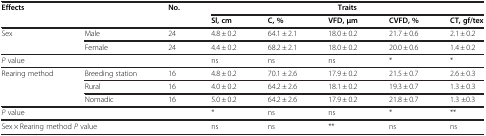
<table><thead><tr><td colspan="2"><b>Effects</b></td><td><b>No.</b></td><td colspan="5"><b>Traits</b></td></tr><tr><td><b> </b></td><td><b> </b></td><td><b> </b></td><td><b>Sl, cm</b></td><td><b>C, %</b></td><td><b>VFD, μm</b></td><td><b>CVFD, %</b></td><td><b>CT, gf/tex</b></td></tr></thead><tbody><tr><td rowspan="2">Sex</td><td>Male</td><td>24</td><td>4.8 ± 0.2</td><td>64.1 ± 2.1</td><td>18.0 ± 0.2</td><td>21.7 ± 0.6</td><td>2.1 ± 0.2</td></tr><tr><td>Female</td><td>24</td><td>4.4 ± 0.2</td><td>68.2 ± 2.1</td><td>18.0 ± 0.2</td><td>20.0 ± 0.6</td><td>1.4 ± 0.2</td></tr><tr><td colspan="2"><i>P</i> value</td><td> </td><td>ns</td><td>ns</td><td>ns</td><td>*</td><td>*</td></tr><tr><td rowspan="3">Rearing method</td><td>Breeding station</td><td>16</td><td>4.8 ± 0.2</td><td>70.1 ± 2.6</td><td>17.9 ± 0.2</td><td>21.5 ± 0.7</td><td>2.6 ± 0.3</td></tr><tr><td>Rural</td><td>16</td><td>4.0 ± 0.2</td><td>64.2 ± 2.6</td><td>18.1 ± 0.2</td><td>19.3 ± 0.7</td><td>1.3 ± 0.3</td></tr><tr><td>Nomadic</td><td>16</td><td>5.0 ± 0.2</td><td>64.2 ± 2.6</td><td>17.9 ± 0.2</td><td>21.8 ± 0.7</td><td>1.3 ±0.3</td></tr><tr><td colspan="2"><i>P</i> value</td><td> </td><td>*</td><td>ns</td><td>ns</td><td>*</td><td>**</td></tr><tr><td colspan="3">Sex × Rearing method <i>P</i> value</td><td>ns</td><td>ns</td><td>**</td><td>ns</td><td>ns</td></tr></tbody></table>